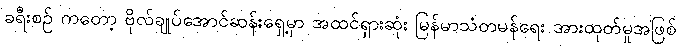
ခရီးစဉ် ကတော့ ဗိုလ်ချုပ်အောင်ဆန်းရှေ့မှာ အထင်ရှားဆုံး မြန်မာသံတမန်ရေး အားထုတ်မှုအဖြစ်